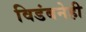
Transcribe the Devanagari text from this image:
विडंबनेही